Vital statistics of India. Vol. IV, Annual returns from 1871 to 1876. British Army of India, Native Army and jails of Bengal
Year: 1871
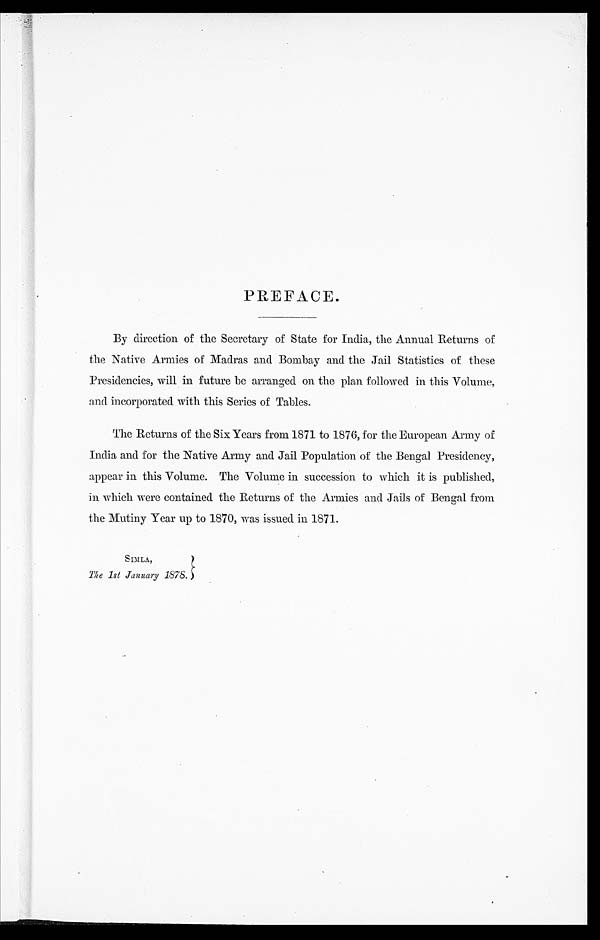
PREFACE.
By direction of the Secretary of State for India, the Annual Returns of
the Native Armies of Madras and Bombay and the Jail Statistics of these
Presidencies, will in future be arranged on the plan followed in this Volume,
and incorporated with this Series of Tables.
The Returns of the Six Years from 1871 to 1876, for the European Army of
India and for the Native Army and Jail Population of the Bengal Presidency,
appear in this Volume. The Volume in succession to which it is published,
in which were contained the Returns of the Armies and Jails of Bengal from
the Mutiny Year up to 1870, was issued in 1871.
SIMLA,
The lst January 1878.